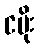
ငမိုး